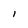
Character: l